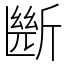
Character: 㫁